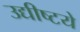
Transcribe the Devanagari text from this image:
उद्यीष्टये